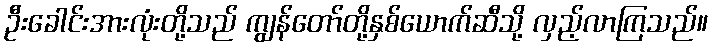
ဦးခေါင်းအားလုံးတို့သည် ကျွန်တော်တို့နှစ်ယောက်ဆီသို့ လှည့်လာကြသည်။